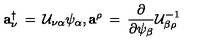
{ \mathbf a } _ { \nu } ^ { \dagger } \: = \: { \cal U } _ { \nu \alpha } \psi _ { \alpha } , { \mathbf a } ^ { \rho } \: = \: { \frac { \partial } { \partial \psi _ { \beta } } } { \cal U } _ { \beta \rho } ^ { - 1 }